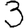
Digit: 3